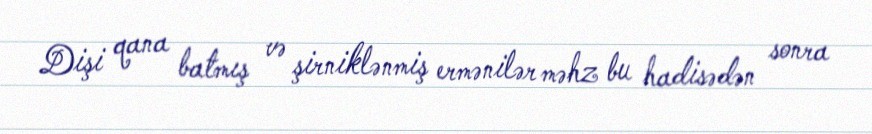
Dişi qana batmış və şirniklənmiş ermənilər məhz bu hadisədən sonra